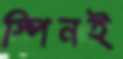
স্পিনই